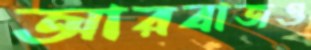
আরবাজও